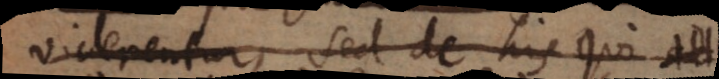
viderentur, sed de his qui